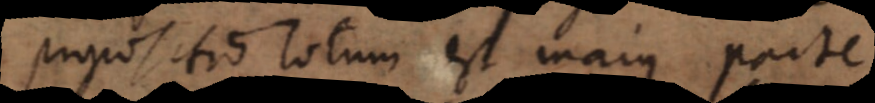
propositio totum est majus parte